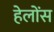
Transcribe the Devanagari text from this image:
हेलोंस